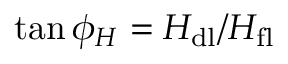
\tan { \phi _ { H } } = H _ { \mathrm { d l } } / H _ { \mathrm { f l } }